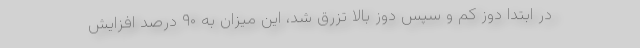
در ابتدا دوز کم و سپس دوز بالا تزرق شد، این میزان به ۹۰ درصد افزایش